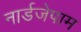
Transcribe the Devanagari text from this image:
नार्डजेपाम